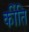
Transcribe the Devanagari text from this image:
र्कीति